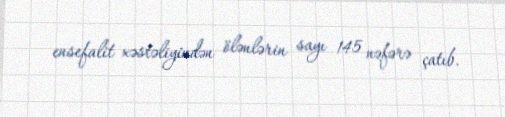
ensefalit xəstəliyindən ölənlərin sayı 145 nəfərə çatıb.